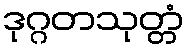
ဒုဂ္ဂတသုတ္တံ